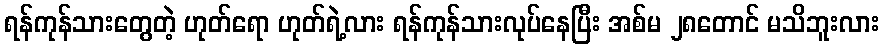
ရန်ကုန်သားတွေတဲ့ ဟုတ်ရော ဟုတ်ရဲ့လား ရန်ကုန်သားလုပ်နေပြီး အစ်မ ၂၈တောင် မသိဘူးလား